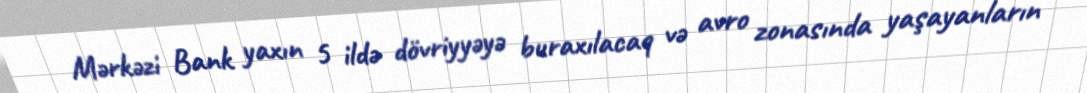
Mərkəzi Bank yaxın 5 ildə dövriyyəyə buraxılacaq və avro zonasında yaşayanların